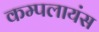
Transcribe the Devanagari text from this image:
कम्पलायंस